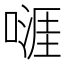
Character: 𠽎